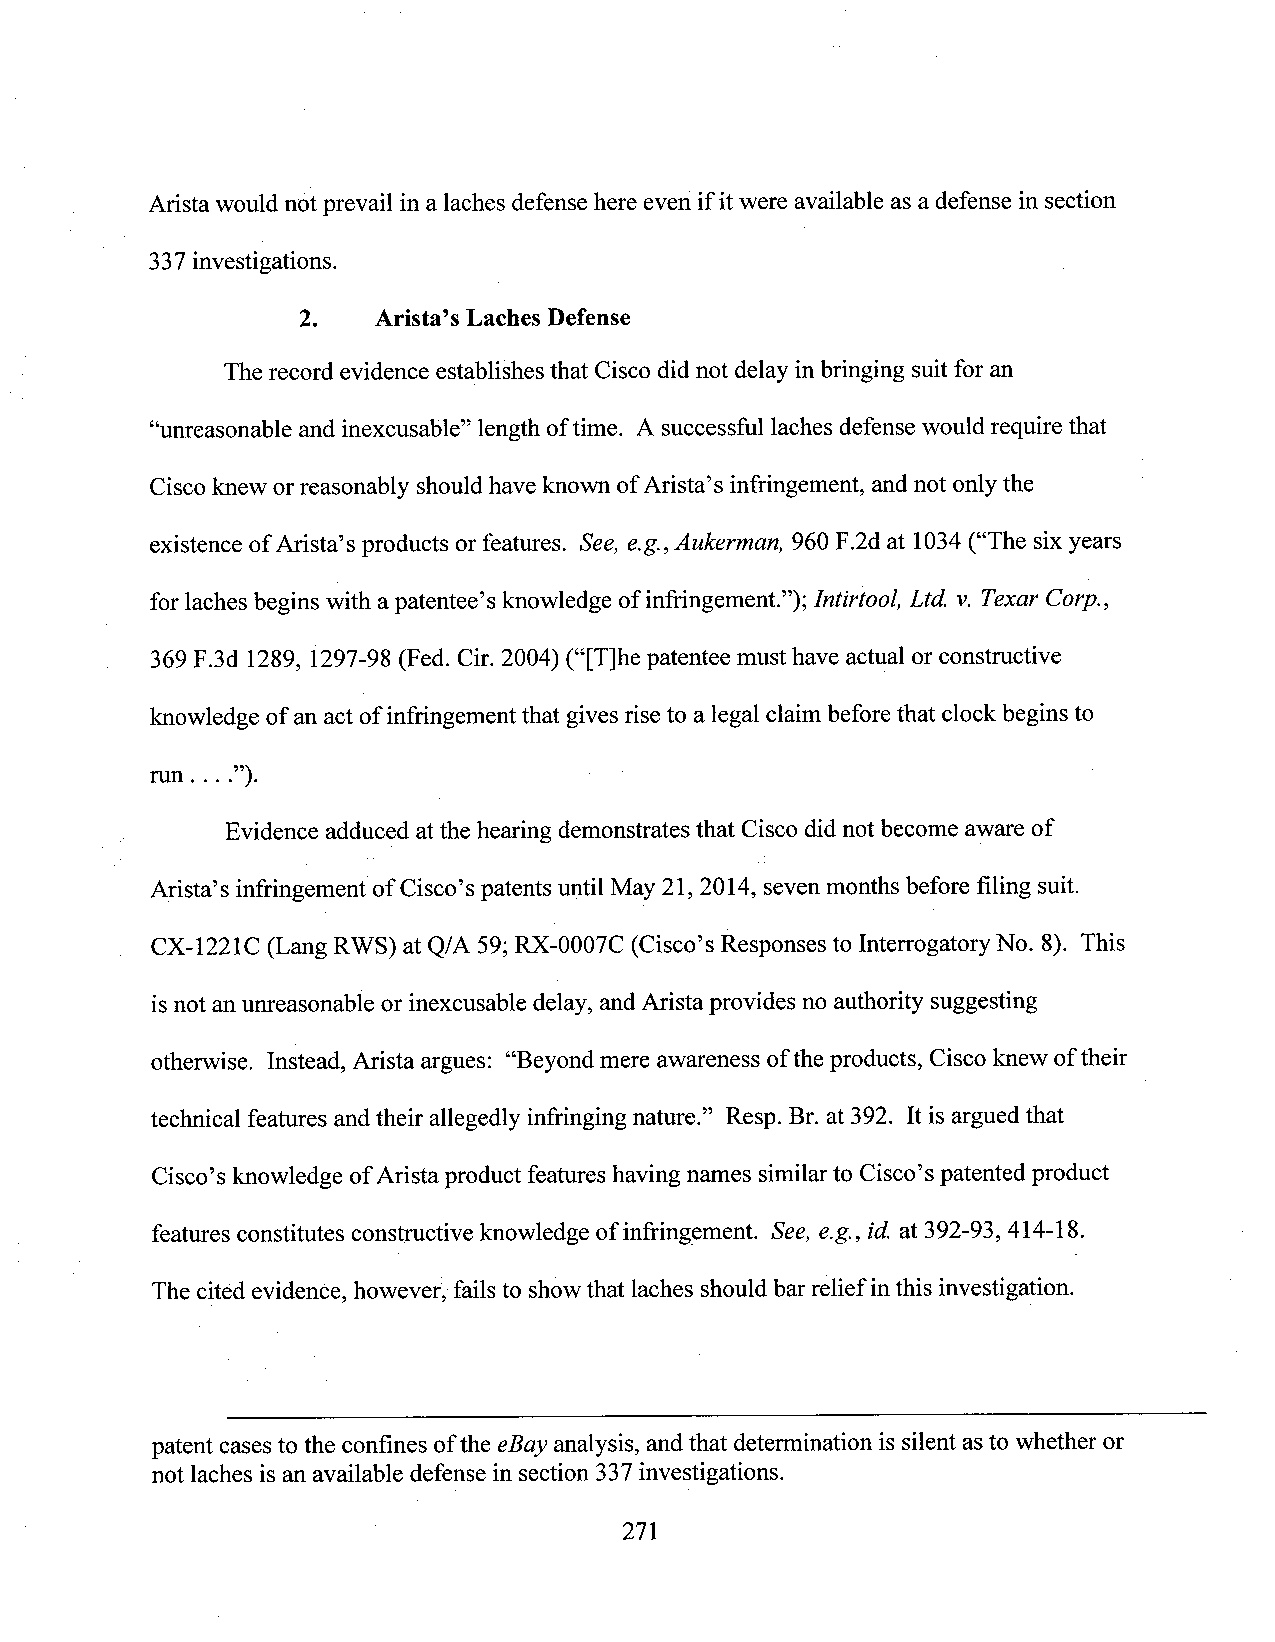
Arista would not prevail in a laches defense here even ifit were available as a defense in section
 337 investigations.
 2.   Arista’s Laches Defense
 The record evidence establishes that Cisco did not delay inbringing suit for an
 “unreasonable and inexcusable” length oftime. A successful laches defensewould require that
 Ciscoknew orreasonably should haveknown ofArista’s infringement, and not only the
 existence of Arista’s products or features. See, e.g.,Aukerman, 960 F.2d at 1034(“The six years
 for laches begins with a patentee’s knowledge of infringement”); Intirtool, Ltd. v.Texar Corp.,
 369 F.3d 1289, 1297-98 (Fed. Cir. 2004) (“[T]he patentee must have actual or constructive
 knowledge of an act of infringement that gives rise to a legal claim beforethat clock begins to
 run . . . .”).                                                ­
 Evidence adduced atthe hearing demonstrates that Cisco did notbecome aware of
 Arista’s infringement of Cisco’s patents until May 21, 2014, sevenmonths before filing suit.
 CX-l22lC (Lang RWS) at Q/A 59;RX-0007C (Cisc0’s Responses to InterrogatoryNo. 8). This
 isnot an unreasonable or inexcusable delay, and Arista provides no authority suggesting
 otherwise. Instead, Arista argues: “Beyondmere awareness ofthe products, Ciscoknew oftheir
 technical features and their allegedly infringing nature.” Resp. Br. at 392. It is argued that
 Cisco‘sknowledge ofArista product featureshaving names similarto Cisco’spatented product
 features constitutes constructive knowledge of infringement. See, e.g., id. at 392-93, 414-18.
 The cited evidence, however, failsto showthat laches should barrelief inthis investigation.
 patent casesto the confines ofthe eBayanalysis, andthat determination is silent as to whether or
 not laches is an available defense in section 337 investigations. .
 271